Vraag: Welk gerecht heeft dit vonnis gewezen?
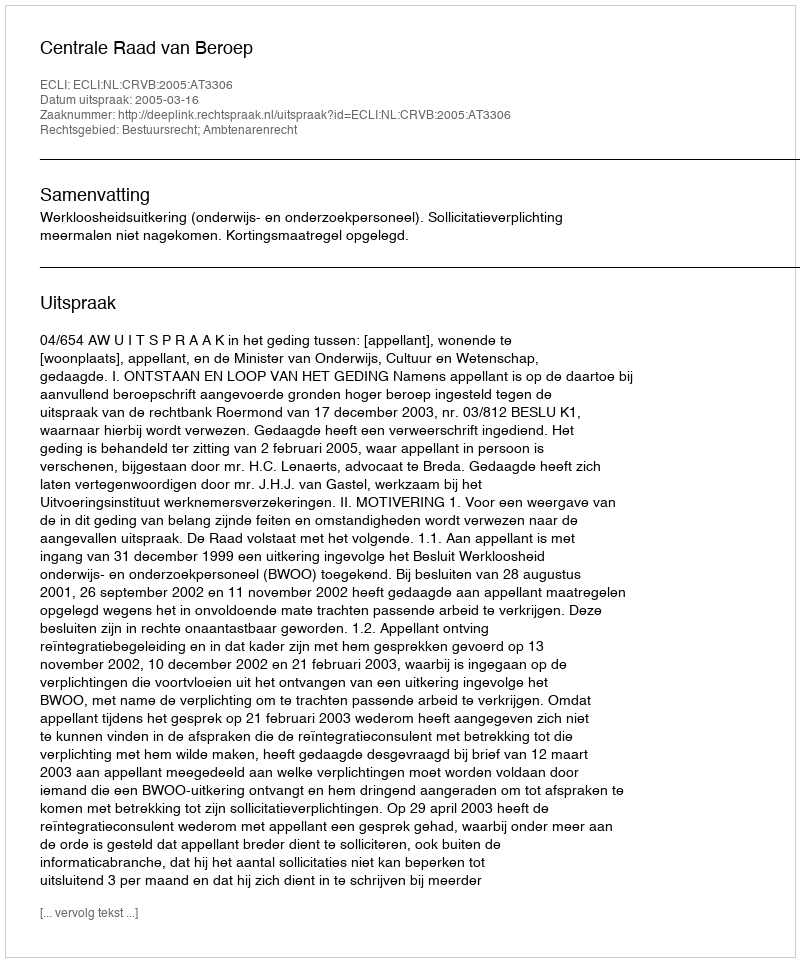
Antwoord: Centrale Raad van Beroep